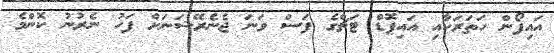
އައިފޯން ހަތަރަކާއި އައިޕޮޑް ޓަޗްގެ ފަސް ވަނަ ޖެނެރޭޝަނަށް ފަހު ނެރުނު ކޮންމެ